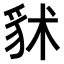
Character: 𧲷